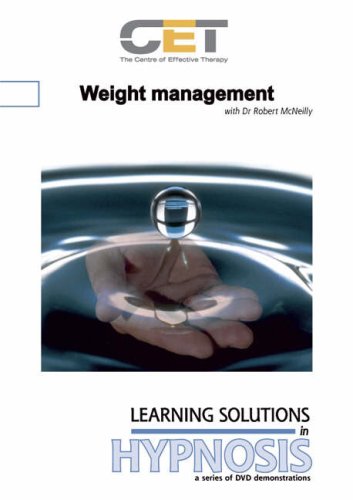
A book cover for Weight Management: A DVD Demonostration (Learning Solutions in Hypnosis); Robert Mcneilly; Health, Fitness & Dieting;